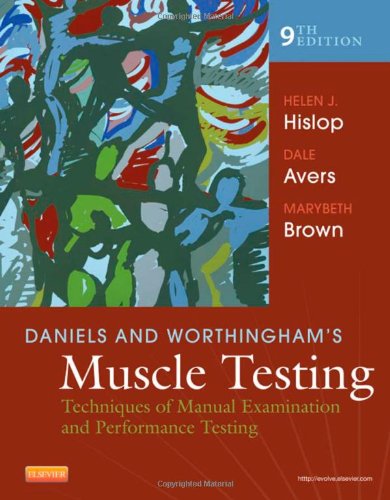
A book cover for Daniels and Worthingham's Muscle Testing: Techniques of Manual Examination and Performance Testing, 9e (Daniels & Worthington's Muscle Testing (Hislop)); Helen Hislop PhD  ScD  FAPTA; Medical Books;